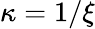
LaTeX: \kappa=1/\xi